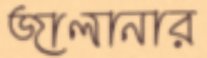
জালানার